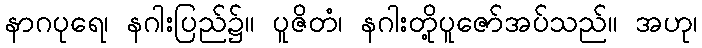
နာဂပုရေ၊ နဂါးပြည်၌။ ပူဇိတံ၊ နဂါးတို့ပူဇော်အပ်သည်။ အဟု၊